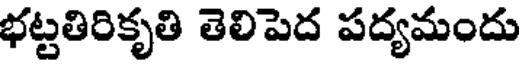
భట్టతిరికృతి తెలిపెద పద్యమందు